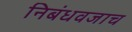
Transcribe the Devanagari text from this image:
निबंधवजाच